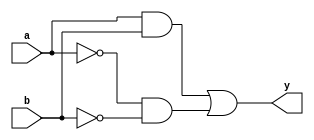
module continuous_assignment (
    input wire a,
    input wire b,
    output reg y
);

assign y = (a & b) | (~a & ~b);

endmodule